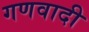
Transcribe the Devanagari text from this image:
गणवादी